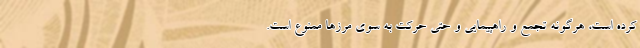
کرده است، هرگونه تجمع و راهپیمایی و حتی حرکت به سوی مرزها ممنوع است.